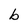
Character: b